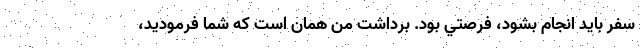
سفر بايد انجام بشود، فرصتي بود. برداشت من همان است كه شما فرموديد،